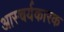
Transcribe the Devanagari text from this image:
आस्चर्यकारक